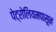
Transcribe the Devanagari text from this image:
पेट्रोलियमपासून